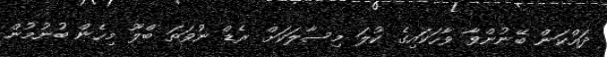
ދައްކަން ބޭނުންވާ ވާހަކައިގެ ކުލަ މިސާލަކަށް ރެޑް ނުވަތަ ބްލޫ މިހެން ބުނުމުން